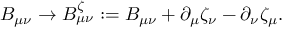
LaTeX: B _ { \mu \nu } \rightarrow B _ { \mu \nu } ^ { \zeta } : = B _ { \mu \nu } + \partial _ { \mu } \zeta _ { \nu } - \partial _ { \nu } \zeta _ { \mu } .